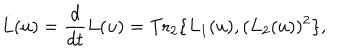
LaTeX: \dot { L } ( u ) = { \frac { d } { d t } } L ( u ) = \mathrm { T r } _ { 2 } \{ L _ { 1 } ( u ) , ( L _ { 2 } ( u ) ) ^ { 2 } \} ,